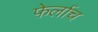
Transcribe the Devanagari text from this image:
फेर्लाच